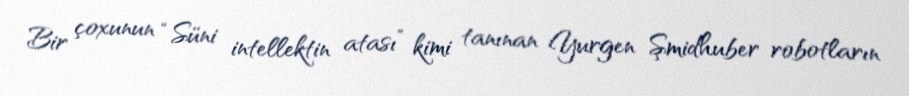
Bir çoxunun “Süni intellektin atası” kimi tanınan Yurgen Şmidhuber robotların